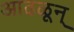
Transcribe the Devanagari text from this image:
आढळून्